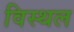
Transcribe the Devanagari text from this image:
विस्थल